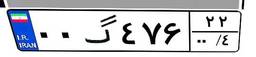
۰۰گ۴۷۶۲۲